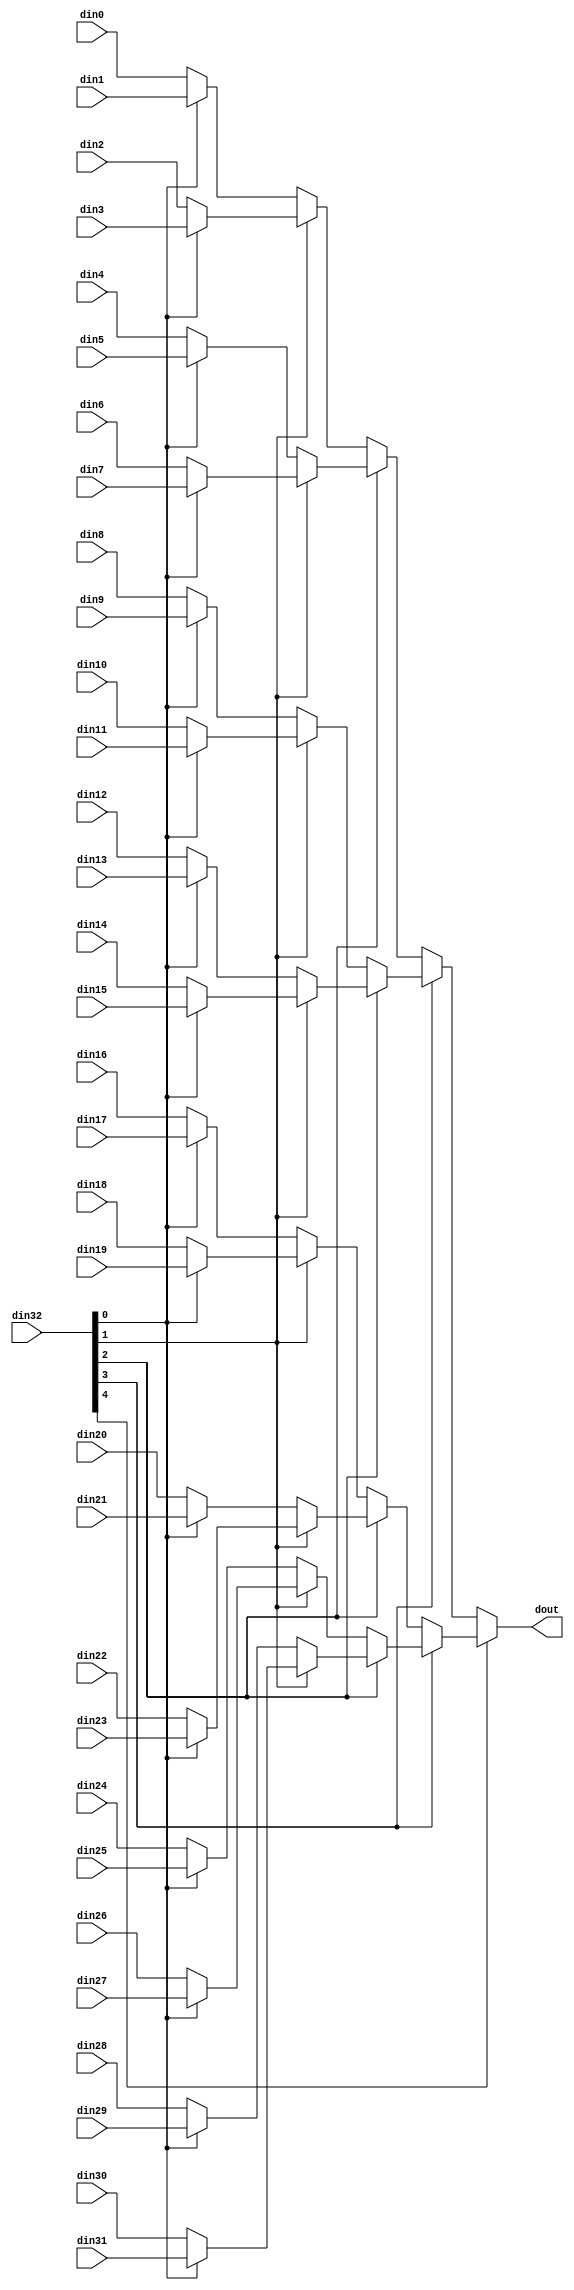
// ==============================================================
// File generated by Vivado(TM) HLS - High-Level Synthesis from C, C++ and SystemC
// Version: 2018.2
// Copyright (C) 1986-2018 Xilinx, Inc. All Rights Reserved.
// 
// ==============================================================


`timescale 1ns/1ps

module myproject_mux_325_9_1_1 #(
parameter
    ID                = 0,
    NUM_STAGE         = 1,
    din0_WIDTH       = 32,
    din1_WIDTH       = 32,
    din2_WIDTH       = 32,
    din3_WIDTH       = 32,
    din4_WIDTH       = 32,
    din5_WIDTH       = 32,
    din6_WIDTH       = 32,
    din7_WIDTH       = 32,
    din8_WIDTH       = 32,
    din9_WIDTH       = 32,
    din10_WIDTH       = 32,
    din11_WIDTH       = 32,
    din12_WIDTH       = 32,
    din13_WIDTH       = 32,
    din14_WIDTH       = 32,
    din15_WIDTH       = 32,
    din16_WIDTH       = 32,
    din17_WIDTH       = 32,
    din18_WIDTH       = 32,
    din19_WIDTH       = 32,
    din20_WIDTH       = 32,
    din21_WIDTH       = 32,
    din22_WIDTH       = 32,
    din23_WIDTH       = 32,
    din24_WIDTH       = 32,
    din25_WIDTH       = 32,
    din26_WIDTH       = 32,
    din27_WIDTH       = 32,
    din28_WIDTH       = 32,
    din29_WIDTH       = 32,
    din30_WIDTH       = 32,
    din31_WIDTH       = 32,
    din32_WIDTH         = 32,
    dout_WIDTH            = 32
)(
    input  [8 : 0]     din0,
    input  [8 : 0]     din1,
    input  [8 : 0]     din2,
    input  [8 : 0]     din3,
    input  [8 : 0]     din4,
    input  [8 : 0]     din5,
    input  [8 : 0]     din6,
    input  [8 : 0]     din7,
    input  [8 : 0]     din8,
    input  [8 : 0]     din9,
    input  [8 : 0]     din10,
    input  [8 : 0]     din11,
    input  [8 : 0]     din12,
    input  [8 : 0]     din13,
    input  [8 : 0]     din14,
    input  [8 : 0]     din15,
    input  [8 : 0]     din16,
    input  [8 : 0]     din17,
    input  [8 : 0]     din18,
    input  [8 : 0]     din19,
    input  [8 : 0]     din20,
    input  [8 : 0]     din21,
    input  [8 : 0]     din22,
    input  [8 : 0]     din23,
    input  [8 : 0]     din24,
    input  [8 : 0]     din25,
    input  [8 : 0]     din26,
    input  [8 : 0]     din27,
    input  [8 : 0]     din28,
    input  [8 : 0]     din29,
    input  [8 : 0]     din30,
    input  [8 : 0]     din31,
    input  [4 : 0]    din32,
    output [8 : 0]   dout);

// puts internal signals
wire [4 : 0]     sel;
// level 1 signals
wire [8 : 0]         mux_1_0;
wire [8 : 0]         mux_1_1;
wire [8 : 0]         mux_1_2;
wire [8 : 0]         mux_1_3;
wire [8 : 0]         mux_1_4;
wire [8 : 0]         mux_1_5;
wire [8 : 0]         mux_1_6;
wire [8 : 0]         mux_1_7;
wire [8 : 0]         mux_1_8;
wire [8 : 0]         mux_1_9;
wire [8 : 0]         mux_1_10;
wire [8 : 0]         mux_1_11;
wire [8 : 0]         mux_1_12;
wire [8 : 0]         mux_1_13;
wire [8 : 0]         mux_1_14;
wire [8 : 0]         mux_1_15;
// level 2 signals
wire [8 : 0]         mux_2_0;
wire [8 : 0]         mux_2_1;
wire [8 : 0]         mux_2_2;
wire [8 : 0]         mux_2_3;
wire [8 : 0]         mux_2_4;
wire [8 : 0]         mux_2_5;
wire [8 : 0]         mux_2_6;
wire [8 : 0]         mux_2_7;
// level 3 signals
wire [8 : 0]         mux_3_0;
wire [8 : 0]         mux_3_1;
wire [8 : 0]         mux_3_2;
wire [8 : 0]         mux_3_3;
// level 4 signals
wire [8 : 0]         mux_4_0;
wire [8 : 0]         mux_4_1;
// level 5 signals
wire [8 : 0]         mux_5_0;

assign sel = din32;

// Generate level 1 logic
assign mux_1_0 = (sel[0] == 0)? din0 : din1;
assign mux_1_1 = (sel[0] == 0)? din2 : din3;
assign mux_1_2 = (sel[0] == 0)? din4 : din5;
assign mux_1_3 = (sel[0] == 0)? din6 : din7;
assign mux_1_4 = (sel[0] == 0)? din8 : din9;
assign mux_1_5 = (sel[0] == 0)? din10 : din11;
assign mux_1_6 = (sel[0] == 0)? din12 : din13;
assign mux_1_7 = (sel[0] == 0)? din14 : din15;
assign mux_1_8 = (sel[0] == 0)? din16 : din17;
assign mux_1_9 = (sel[0] == 0)? din18 : din19;
assign mux_1_10 = (sel[0] == 0)? din20 : din21;
assign mux_1_11 = (sel[0] == 0)? din22 : din23;
assign mux_1_12 = (sel[0] == 0)? din24 : din25;
assign mux_1_13 = (sel[0] == 0)? din26 : din27;
assign mux_1_14 = (sel[0] == 0)? din28 : din29;
assign mux_1_15 = (sel[0] == 0)? din30 : din31;

// Generate level 2 logic
assign mux_2_0 = (sel[1] == 0)? mux_1_0 : mux_1_1;
assign mux_2_1 = (sel[1] == 0)? mux_1_2 : mux_1_3;
assign mux_2_2 = (sel[1] == 0)? mux_1_4 : mux_1_5;
assign mux_2_3 = (sel[1] == 0)? mux_1_6 : mux_1_7;
assign mux_2_4 = (sel[1] == 0)? mux_1_8 : mux_1_9;
assign mux_2_5 = (sel[1] == 0)? mux_1_10 : mux_1_11;
assign mux_2_6 = (sel[1] == 0)? mux_1_12 : mux_1_13;
assign mux_2_7 = (sel[1] == 0)? mux_1_14 : mux_1_15;

// Generate level 3 logic
assign mux_3_0 = (sel[2] == 0)? mux_2_0 : mux_2_1;
assign mux_3_1 = (sel[2] == 0)? mux_2_2 : mux_2_3;
assign mux_3_2 = (sel[2] == 0)? mux_2_4 : mux_2_5;
assign mux_3_3 = (sel[2] == 0)? mux_2_6 : mux_2_7;

// Generate level 4 logic
assign mux_4_0 = (sel[3] == 0)? mux_3_0 : mux_3_1;
assign mux_4_1 = (sel[3] == 0)? mux_3_2 : mux_3_3;

// Generate level 5 logic
assign mux_5_0 = (sel[4] == 0)? mux_4_0 : mux_4_1;

// output logic
assign dout = mux_5_0;

endmodule